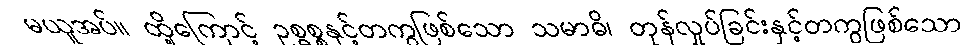
မယူအပ်။ ထို့ကြောင့် ဥစ္ဓစ္စနှင့်တကွဖြစ်သော သမာဓိ၊ တုန်လှုပ်ခြင်းနှင့်တကွဖြစ်သော